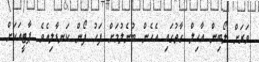
ވަރަށް ލޯބިން އާހިލް ގާތުގައި އެހެން ބުނެލުމަށް ފަހު ފޯން ކަނޑާލިއެވެ. ޕާޓީއަކަށް